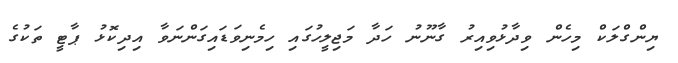
ޔިންގްލަކް މިހެން ވިދާޅުވިއިރު ގާނޫނު ހަދާ މަޖިލީހުގައި ހިމެނިވަޑައިގަންނަވާ އިދިކޮޅު ޕާޓީ ތަކުގެ